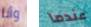
وأنا عندما